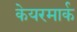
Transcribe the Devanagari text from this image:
केयरमार्क